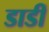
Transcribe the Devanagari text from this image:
डाडीं